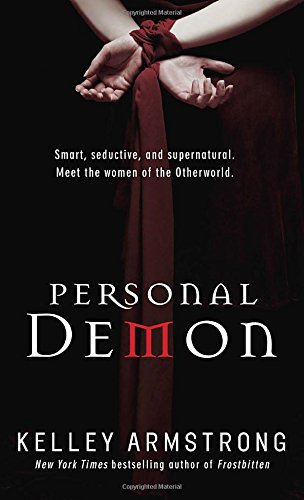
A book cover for Personal Demon (Women of the Otherworld); Kelley Armstrong; Literature & Fiction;